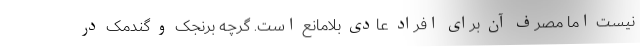
نیست اما مصرف آن برای افراد عادی بلامانع است. گرچه برنجک و گندمک در